Scientific memoirs by medical officers of the Army of India - Part VI,
Year: 1891
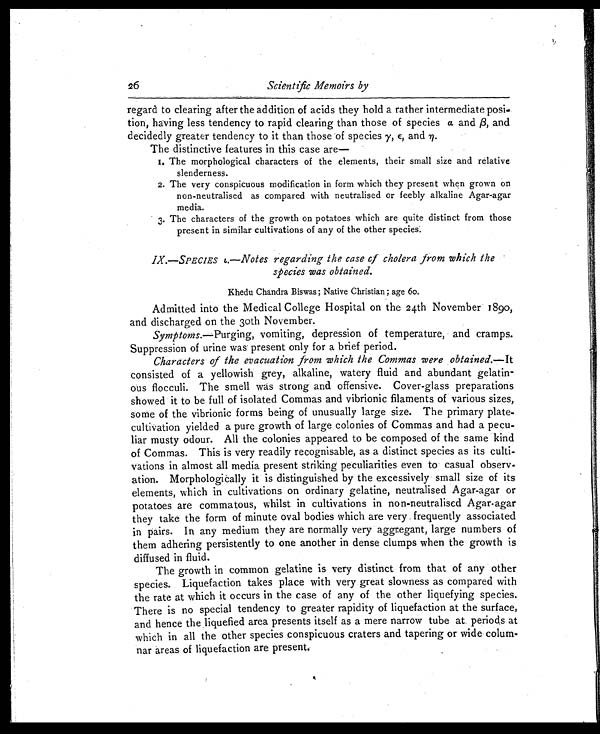
26
Scientific Memoirs by
regard to clearing after the addition of acids they hold a rather intermediate posi-
tion, having less tendency to rapid clearing than those of species α. andβ, and
decidedly greater tendency to it than those of species γ, ε , and η.
The distinctive features in this case are-
1. The morphological characters of the elements, their small size and relative
slenderness.
2. The very conspicuous modification in form which they present when grown on
non-neutralised as compared with neutralised or feebly alkaline Agar-agar
media.
3. The characters of the growth on potatoes which are quite distinct from those
present in similar cultivations of any of the other species.
IX.—SPECIES ι.—Notes regarding the case of cholera from which the
species was obtained.
Khedu Chandra Biswas; Native Christian; age 60.
Admitted into the Medical College Hospital on the 24th November 1890,
and discharged on the 30th November.
Symptoms.—Purging, vomiting, depression of temperature, and cramps.
Suppression of urine was present only for a brief period.
Characters of the evacuation from which the Commas were obtained.— It
consisted of a yellowish grey, alkaline, watery fluid and abundant gelatin-
ous flocculi. The smell was strong and offensive. Cover-glass preparations
showed it to be full of isolated Commas and vibrionic filaments of various sizes,
some of the vibrionic forms being of unusually large size. The primary plate-
cultivation yielded a pure growth of large colonies of Commas and had a pecu-
liar musty odour. All the colonies appeared to be composed of the same kind
of Commas. This is very readily recognisable, as a distinct species as its culti-
vations in almost all media present striking peculiarities even to casual observ-
ation. Morphologically it is distinguished by the excessively small size of its
elements, which in cultivations on ordinary gelatine, neutralised Agar-agar or
potatoes are commatous, whilst in cultivations in non-neutralised Agar-agar
they take the form of minute oval bodies which are very frequently associated
in pairs. In any medium they are normally very aggregant, large numbers of
them adhering persistently to one another in dense clumps when the growth is
diffused in fluid.
The growth in common gelatine is very distinct from that of any other
species. Liquefaction takes place with very great slowness as compared with
the rate at which it occurs in the case of any of the other liquefying species.
There is no special tendency to greater rapidity of liquefaction at the surface,
and hence the liquefied area presents itself as a mere narrow tube at periods at
which in all the other species conspicuous craters and tapering or wide colum-
nar areas of liquefaction are present.